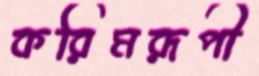
করিমরূপী